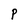
Character: P